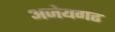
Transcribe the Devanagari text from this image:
अजेयगढ